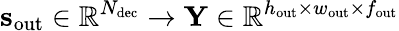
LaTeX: \mathbf{s}_{\mathrm{out}}\in\mathbb{R}^{N_{\mathrm{dec}}}\to\mathbf{Y}\in\mathbb{R}^{h_{\mathrm{out}}\times w_{\mathrm{out}}\times f_{\mathrm{out}}}